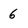
Character: 6